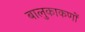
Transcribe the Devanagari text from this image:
बालुकाकणों